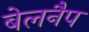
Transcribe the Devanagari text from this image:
बेलनैप